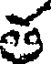
త